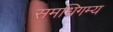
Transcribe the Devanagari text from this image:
समधिगम्य